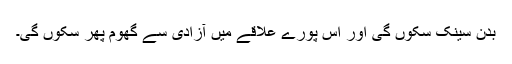
بدن سینک سکوں گی اور اس پورے علاقے میں آزادی سے گھوم پھر سکوں گی۔